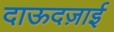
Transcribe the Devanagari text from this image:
दाऊदज़ाई